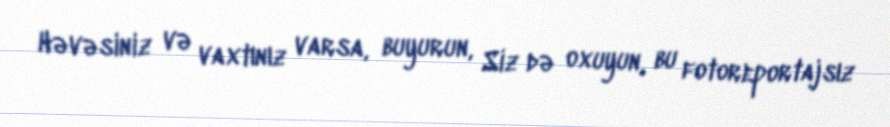
Həvəsiniz və vaxtınız varsa, buyurun, Siz də oxuyun, bu fotoreportajsız